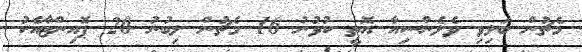
މެޗުން ބަލިވި ވެލެންސިއާ އޮތީ ކުޅުނު 16 މެޗުން ލިބުނު 20 ޕޮއިންޓާއެކު